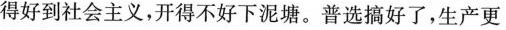
得好到社会主义，开得不好下泥塘。普选搞好了，生产更